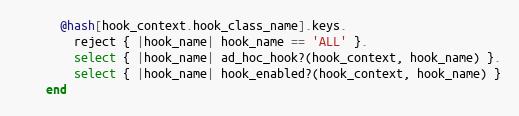
Language: Ruby
      @hash[hook_context.hook_class_name].keys.
        reject { |hook_name| hook_name == 'ALL' }.
        select { |hook_name| ad_hoc_hook?(hook_context, hook_name) }.
        select { |hook_name| hook_enabled?(hook_context, hook_name) }
    end